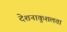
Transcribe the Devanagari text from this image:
देशनाकुशलता